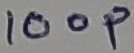
Text: 100p